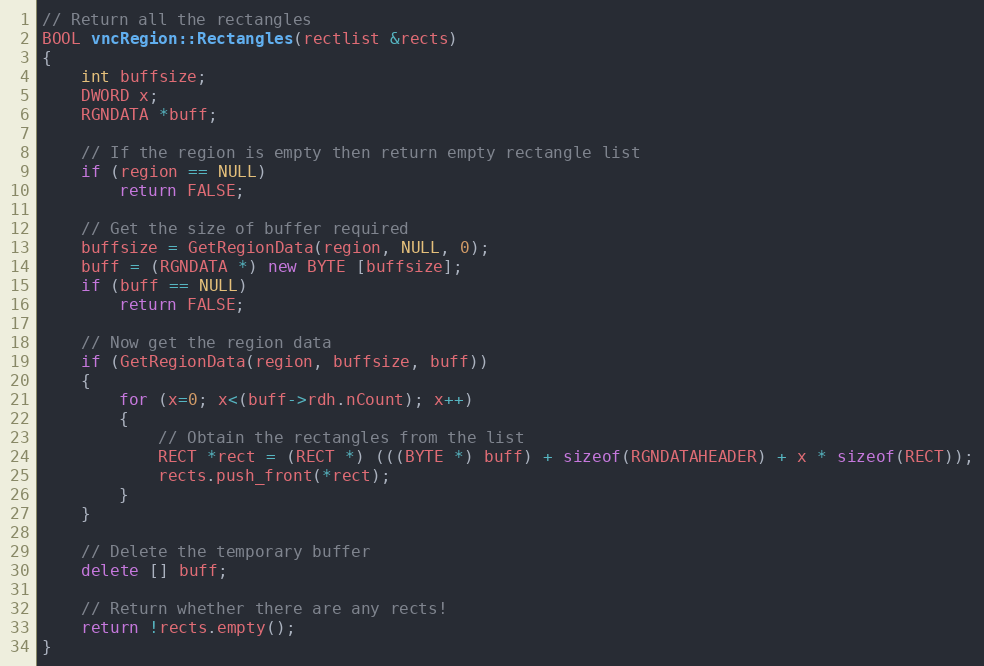
Language: C++
// Return all the rectangles
BOOL vncRegion::Rectangles(rectlist &rects)
{
	int buffsize;
	DWORD x;
	RGNDATA *buff;

	// If the region is empty then return empty rectangle list
	if (region == NULL)
		return FALSE;

	// Get the size of buffer required
	buffsize = GetRegionData(region, NULL, 0);
	buff = (RGNDATA *) new BYTE [buffsize];
	if (buff == NULL)
		return FALSE;

	// Now get the region data
	if (GetRegionData(region, buffsize, buff))
	{
		for (x=0; x<(buff->rdh.nCount); x++)
		{
			// Obtain the rectangles from the list
			RECT *rect = (RECT *) (((BYTE *) buff) + sizeof(RGNDATAHEADER) + x * sizeof(RECT));
			rects.push_front(*rect);
		}
	}

	// Delete the temporary buffer
	delete [] buff;

	// Return whether there are any rects!
	return !rects.empty();
}